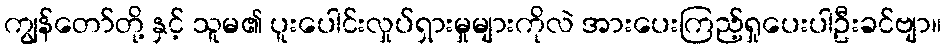
ကျွန်တော်တို့ နှင့် သူမ၏ ပူးပေါင်းလှုပ်ရှားမှုများကိုလဲ အားပေးကြည့်ရှုပေးပါဦးခင်ဗျာ။